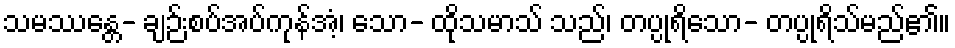
သမဿန္တေ- ချဉ်းစပ်အပ်ကုန်အံ့၊ သော- ထိုသမာသ် သည်၊ တပ္ပုရိသော- တပ္ပုရိသ်မည်၏။